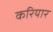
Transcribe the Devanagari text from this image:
करियार